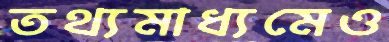
তথ্যমাধ্যমেও